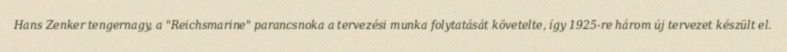
Hans Zenker tengernagy, a "Reichsmarine" parancsnoka a tervezési munka folytatását követelte, így 1925-re három új tervezet készült el.